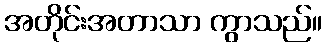
အတိုင်းအတာသာ ကွာသည်။